Annual administration and progress report of the Indian Medical Department, Bombay
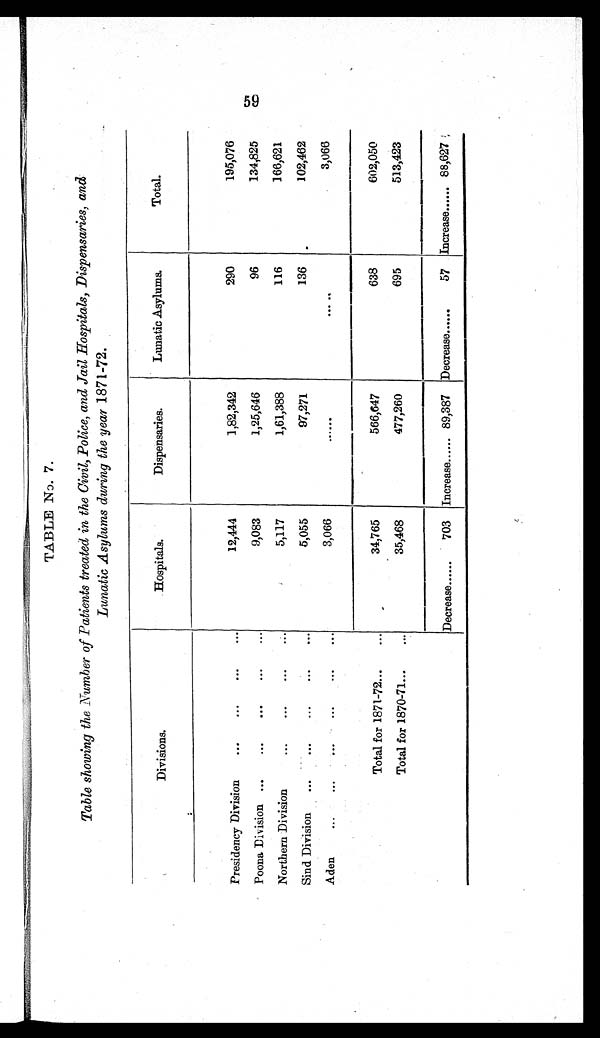
TABLE No. 7.
Table showing the Number of Patients treated in the Civil, Police, and Jail Hospitals, Dispensaries, and
Lunatic Asylums during the year 1871-72.
Divisions.
Hospitals.
Dispensaries.
Lunatic Asylums.
Total.
Presidency Division
...
...
...
...
12,444
1,82,342
290
195,076
Poona Division ...
...
...
...
...
9,083
1,25,646
96
134,825
Northern Division
...
...
...
...
5,117
1,61,388
116
166,621
Sind Division
...
...
...
... ...
5,055
97,271
136
102,462
Aden
...
... ...
...
...
...
3,066
......
.. . . . .
3,066
Total for 1871-72...
...
34,765
566,647
638
602,050
Total for 1870-71 ...
...
35,468
477,260
695
513,423
Decrease......
703 Increase ...... 89,387 Decrease......
57 Increase ...... 88,627
59